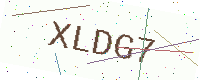
Text: XLDG7